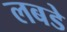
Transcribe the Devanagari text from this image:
लबडे